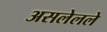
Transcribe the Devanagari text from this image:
असलेलले